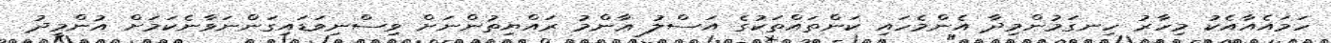
ހަމައެއާއެކު މިހާރު ހިނގަމުންމިދާ އެންމެހައި ކަންތައްތަކުގެ އަސްލު ޢާންމު ރައްޔިތުންނަށް ވިސްނިވަޑައިގަންނަވާނެކަމަށް އުންމީދު